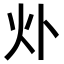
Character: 𤆊